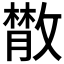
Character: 𢿱